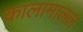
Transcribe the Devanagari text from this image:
कालामालल